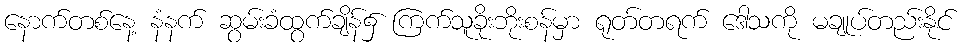
နောက်တစ်နေ့ နံနက် ဆွမ်းခံထွက်ချိန်၌ ကြက်သူခိုးဘိုးစန်မှာ ရုတ်တရက် ဒေါသကို မချုပ်တည်းနိုင်